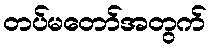
တပ်မတော်အတွက်